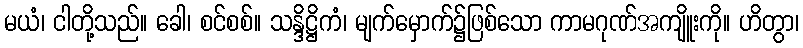
မယံ၊ ငါတို့သည်။ ခေါ၊ စင်စစ်။ သန္ဒိဋ္ဌိကံ၊ မျက်မှောက်၌ဖြစ်သော ကာမဂုဏ်အကျိူးကို။ ဟိတွာ၊